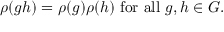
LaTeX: \rho ( g h ) = \rho ( g ) \rho ( h ) { \mathrm { ~ f o r ~ a l l ~ } } g , h \in G .